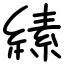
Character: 縤